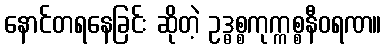
နောင်တရနေခြင်း ဆိုတဲ့ ဥဒ္ဓစ္စကုက္ကစ္စနီဝရဏ။